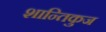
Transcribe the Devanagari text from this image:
शान्तिकुज